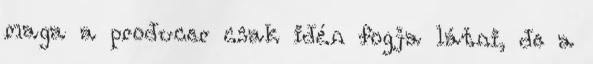
maga a producer csak idén fogja látni, de a